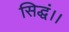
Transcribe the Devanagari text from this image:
सिद्धं।।